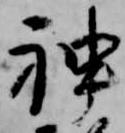
神